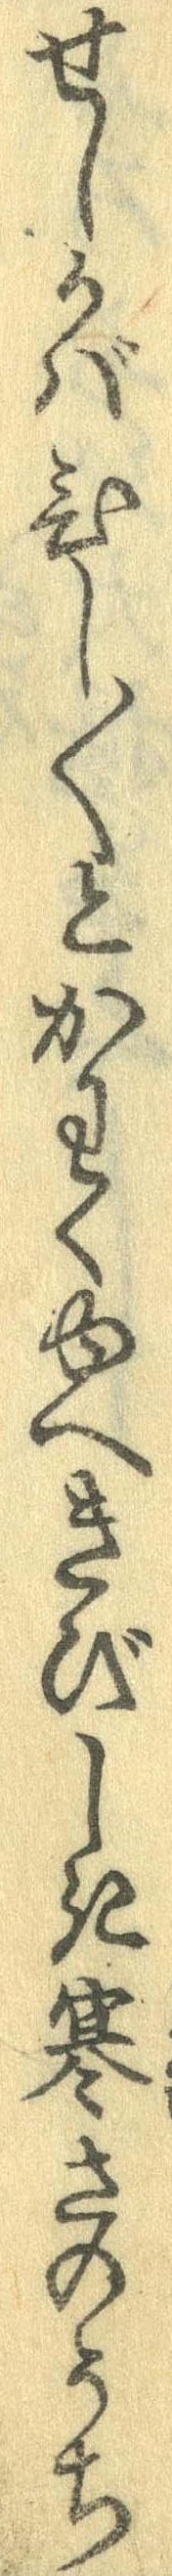
せしかばひし〱とかわくゆへきびしき寒さのうち